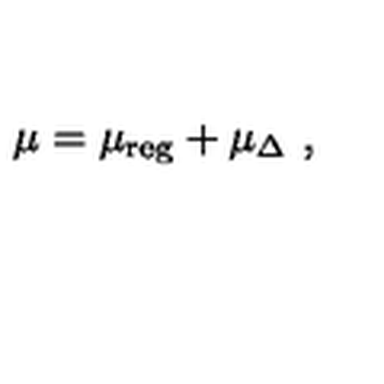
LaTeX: \mu = \mu _ { \mathrm { r e g } } + \mu _ { \Delta } \ ,